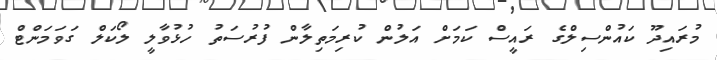
މުރައިދޫ ކައުންސިލްގެ ރައީސް ކަމަށް އަލުން ކުރިމަތިލާން ފުރުސަތު ހުޅުވާލީ ލޯކަލް ގަވަމަންޓް